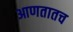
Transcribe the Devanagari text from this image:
आणतातच